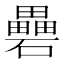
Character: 礨